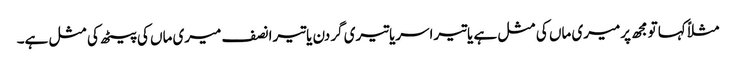
مثلاًکہا تومجھ پرمیری ماں کی مثل ہے یاتیراسریاتیری گردن یاتیرانصف میری ماں کی پیٹھ کی مثل ہے۔